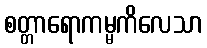
စတ္တာရောကမ္မကိလေသာ